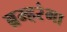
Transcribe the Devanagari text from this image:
ब्रम्हरंभा